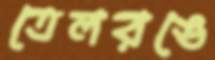
তেলরঙে